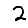
Digit: 2